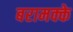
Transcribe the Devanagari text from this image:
बरामक्के